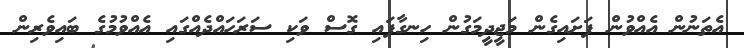
އެތަނުން އެއްވުން ފަށައިގެން މަޖީދީމަގުން ހިނގާފައި ގޮސް ވަކި ސަރަަހައްދެއްގައި އެއްވުމުގެ ބައިވެރިން